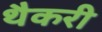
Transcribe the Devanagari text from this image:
थैकरी